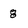
Character: 8